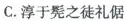
C.淳于髡之徒礼倨